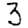
Digit: 3